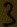
Text: 3